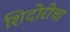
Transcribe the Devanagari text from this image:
शिदोरीचा